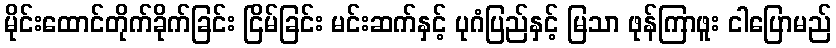
မိုင်းထောင်တိုက်ခိုက်ခြင်း ငြိမ်ခြင်း မင်းဆက်နှင့် ပုဂံပြည်နှင့် မြသာ ဖုန်ကြာဖူး ငါပြောမည်